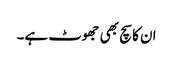
ان کا سچ بھی جھوٹ ہے۔